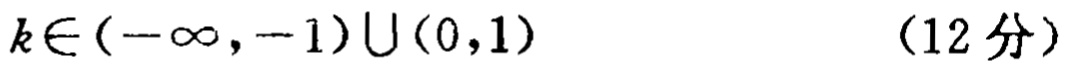
\(k\in(-\infty,-1)\cup(0,1)\) （12分）